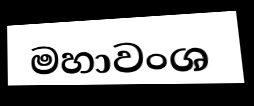
මහාවංශ